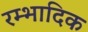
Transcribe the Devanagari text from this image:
रम्‍भादिक